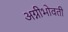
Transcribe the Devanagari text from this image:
अग्नीभोवती